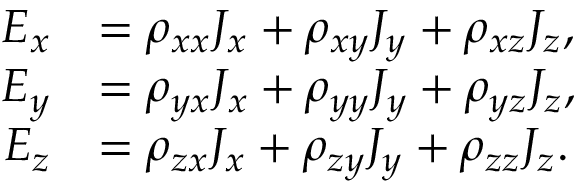
{ \begin{array} { r l } { E _ { x } } & { = \rho _ { x x } J _ { x } + \rho _ { x y } J _ { y } + \rho _ { x z } J _ { z } , } \\ { E _ { y } } & { = \rho _ { y x } J _ { x } + \rho _ { y y } J _ { y } + \rho _ { y z } J _ { z } , } \\ { E _ { z } } & { = \rho _ { z x } J _ { x } + \rho _ { z y } J _ { y } + \rho _ { z z } J _ { z } . } \end{array} }